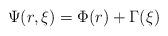
LaTeX: \begin{align*}\Psi(r,\xi)=\Phi(r)+\Gamma(\xi)\end{align*}